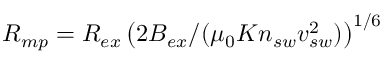
R _ { m p } = R _ { e x } \left( 2 B _ { e x } / ( \mu _ { 0 } K n _ { s w } v _ { s w } ^ { 2 } ) \right) ^ { 1 / 6 }